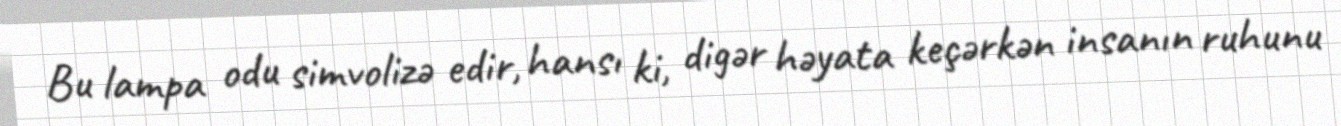
Bu lampa odu simvolizə edir, hansı ki, digər həyata keçərkən insanın ruhunu